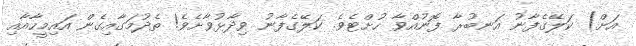
އަށް) ކަލޭގެފާނު އަނބުރާ ފޮނުއްވާ ހުށްޓެވެ. ކަލޭގެފާނު ވިދާޅުވާށެވެ! ތެދުމަގާއިގެން އައިމީހާއާއި